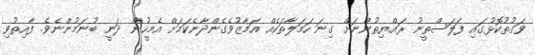
ވަގުތުކޮޅުގައި ފަލަސްތީނު ރައްޔިތުންނަށް ގިނަ ހަމަލާތަކެއް އަމާޒުވެގެންދާނެކަމަށް އެމީހުން ދަނީ ބުނަމުންނެވެ. ފާއިތުވި